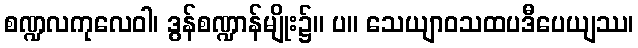
စဏ္ဍလကုလေဝါ၊ ဒွန်စဏ္ဍာန်မျိုး၌။ ပ။ သေယျာဝသထပဒီပေယျဿ၊